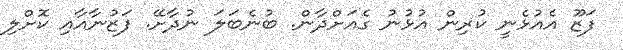
ފަޒޫ އެއުޅެނީ ކުރިން އުޅުނު ގެއަށްދާން. ބުނެބަލަ ނުދާށޭ. ފަޒުނާއާއި ކޮށްލި